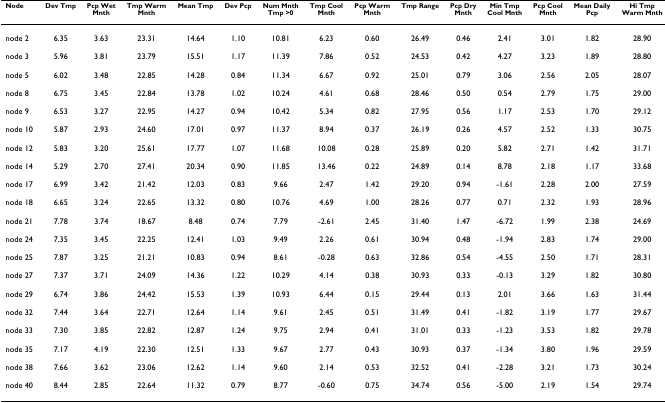
<table><thead><tr><td><b>Node</b></td><td><b>Dev Tmp</b></td><td><b>Pcp Wet Mnth</b></td><td><b>Tmp Warm Mnth</b></td><td><b>Mean Tmp</b></td><td><b>Dev Pcp</b></td><td><b>Num Mnth Tmp &gt;0</b></td><td><b>Tmp Cool Mnth</b></td><td><b>Pcp Warm Mnth</b></td><td><b>Tmp Range</b></td><td><b>Pcp Dry Mnth</b></td><td><b>Min Tmp Cool Mnth</b></td><td><b>Pcp Cool Mnth</b></td><td><b>Mean Daily Pcp</b></td><td><b>Hi Tmp Warm Mnth</b></td></tr></thead><tbody><tr><td>node 2</td><td>6.35</td><td>3.63</td><td>23.31</td><td>14.64</td><td>1.10</td><td>10.81</td><td>6.23</td><td>0.60</td><td>26.49</td><td>0.46</td><td>2.41</td><td>3.01</td><td>1.82</td><td>28.90</td></tr><tr><td>node 3</td><td>5.96</td><td>3.81</td><td>23.79</td><td>15.51</td><td>1.17</td><td>11.39</td><td>7.86</td><td>0.52</td><td>24.53</td><td>0.42</td><td>4.27</td><td>3.23</td><td>1.89</td><td>28.80</td></tr><tr><td>node 5</td><td>6.02</td><td>3.48</td><td>22.85</td><td>14.28</td><td>0.84</td><td>11.34</td><td>6.67</td><td>0.92</td><td>25.01</td><td>0.79</td><td>3.06</td><td>2.56</td><td>2.05</td><td>28.07</td></tr><tr><td>node 8</td><td>6.75</td><td>3.45</td><td>22.84</td><td>13.78</td><td>1.02</td><td>10.24</td><td>4.61</td><td>0.68</td><td>28.46</td><td>0.50</td><td>0.54</td><td>2.79</td><td>1.75</td><td>29.00</td></tr><tr><td>node 9</td><td>6.53</td><td>3.27</td><td>22.95</td><td>14.27</td><td>0.94</td><td>10.42</td><td>5.34</td><td>0.82</td><td>27.95</td><td>0.56</td><td>1.17</td><td>2.53</td><td>1.70</td><td>29.12</td></tr><tr><td>node 10</td><td>5.87</td><td>2.93</td><td>24.60</td><td>17.01</td><td>0.97</td><td>11.37</td><td>8.94</td><td>0.37</td><td>26.19</td><td>0.26</td><td>4.57</td><td>2.52</td><td>1.33</td><td>30.75</td></tr><tr><td>node 12</td><td>5.83</td><td>3.20</td><td>25.61</td><td>17.77</td><td>1.07</td><td>11.68</td><td>10.08</td><td>0.28</td><td>25.89</td><td>0.20</td><td>5.82</td><td>2.71</td><td>1.42</td><td>31.71</td></tr><tr><td>node 14</td><td>5.29</td><td>2.70</td><td>27.41</td><td>20.34</td><td>0.90</td><td>11.85</td><td>13.46</td><td>0.22</td><td>24.89</td><td>0.14</td><td>8.78</td><td>2.18</td><td>1.17</td><td>33.68</td></tr><tr><td>node 17</td><td>6.99</td><td>3.42</td><td>21.42</td><td>12.03</td><td>0.83</td><td>9.66</td><td>2.47</td><td>1.42</td><td>29.20</td><td>0.94</td><td>-1.61</td><td>2.28</td><td>2.00</td><td>27.59</td></tr><tr><td>node 18</td><td>6.65</td><td>3.24</td><td>22.65</td><td>13.32</td><td>0.80</td><td>10.76</td><td>4.69</td><td>1.00</td><td>28.26</td><td>0.77</td><td>0.71</td><td>2.32</td><td>1.93</td><td>28.96</td></tr><tr><td>node 21</td><td>7.78</td><td>3.74</td><td>18.67</td><td>8.48</td><td>0.74</td><td>7.79</td><td>-2.61</td><td>2.45</td><td>31.40</td><td>1.47</td><td>-6.72</td><td>1.99</td><td>2.38</td><td>24.69</td></tr><tr><td>node 24</td><td>7.35</td><td>3.45</td><td>22.25</td><td>12.41</td><td>1.03</td><td>9.49</td><td>2.26</td><td>0.61</td><td>30.94</td><td>0.48</td><td>-1.94</td><td>2.83</td><td>1.74</td><td>29.00</td></tr><tr><td>node 25</td><td>7.87</td><td>3.25</td><td>21.21</td><td>10.83</td><td>0.94</td><td>8.61</td><td>-0.28</td><td>0.63</td><td>32.86</td><td>0.54</td><td>-4.55</td><td>2.50</td><td>1.71</td><td>28.31</td></tr><tr><td>node 27</td><td>7.37</td><td>3.71</td><td>24.09</td><td>14.36</td><td>1.22</td><td>10.29</td><td>4.14</td><td>0.38</td><td>30.93</td><td>0.33</td><td>-0.13</td><td>3.29</td><td>1.82</td><td>30.80</td></tr><tr><td>node 29</td><td>6.74</td><td>3.86</td><td>24.42</td><td>15.53</td><td>1.39</td><td>10.93</td><td>6.44</td><td>0.15</td><td>29.44</td><td>0.13</td><td>2.01</td><td>3.66</td><td>1.63</td><td>31.44</td></tr><tr><td>node 32</td><td>7.44</td><td>3.64</td><td>22.71</td><td>12.64</td><td>1.14</td><td>9.61</td><td>2.45</td><td>0.51</td><td>31.49</td><td>0.41</td><td>-1.82</td><td>3.19</td><td>1.77</td><td>29.67</td></tr><tr><td>node 33</td><td>7.30</td><td>3.85</td><td>22.82</td><td>12.87</td><td>1.24</td><td>9.75</td><td>2.94</td><td>0.41</td><td>31.01</td><td>0.33</td><td>-1.23</td><td>3.53</td><td>1.82</td><td>29.78</td></tr><tr><td>node 35</td><td>7.17</td><td>4.19</td><td>22.30</td><td>12.51</td><td>1.33</td><td>9.67</td><td>2.77</td><td>0.43</td><td>30.93</td><td>0.37</td><td>-1.34</td><td>3.80</td><td>1.96</td><td>29.59</td></tr><tr><td>node 38</td><td>7.66</td><td>3.62</td><td>23.06</td><td>12.62</td><td>1.14</td><td>9.60</td><td>2.14</td><td>0.53</td><td>32.52</td><td>0.41</td><td>-2.28</td><td>3.21</td><td>1.73</td><td>30.24</td></tr><tr><td>node 40</td><td>8.44</td><td>2.85</td><td>22.64</td><td>11.32</td><td>0.79</td><td>8.77</td><td>-0.60</td><td>0.75</td><td>34.74</td><td>0.56</td><td>-5.00</td><td>2.19</td><td>1.54</td><td>29.74</td></tr></tbody></table>